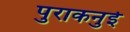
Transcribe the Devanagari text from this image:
पुराकनुई